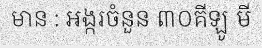
មាន : អង្ករចំនួន ៣០គីឡូ មី